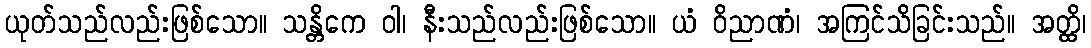
ယုတ်သည်လည်းဖြစ်သော။ သန္တိကေ ဝါ၊ နီးသည်လည်းဖြစ်သော။ ယံ ဝိညာဏံ၊ အကြင်သိခြင်းသည်။ အတ္ထိ၊